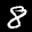
Label: 8